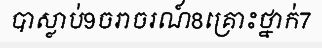
បាស្លាប់9ចរាចរណ៍8គ្រោះថ្នាក់7